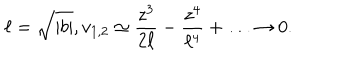
\ell = \sqrt { | b | } , v _ { 1 , 2 } \simeq \frac { z ^ { 3 } } { 2 \ell } - \frac { z ^ { 4 } } { \ell ^ { 4 } } + \ldots \rightarrow 0 .